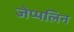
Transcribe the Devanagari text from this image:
जेप्पलिन